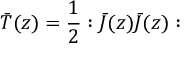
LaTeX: \bar { T } ( z ) = \frac { 1 } { 2 } : \bar { J } ( z ) \bar { J } ( z ) :